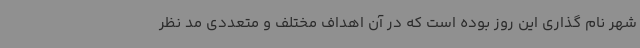
شهر نام گذاری این روز بوده است که در آن اهداف مختلف و متعددی مد نظر